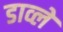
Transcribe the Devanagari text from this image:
डाव्ले